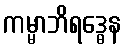
ကမ္မာဘိရဒ္ဓေန